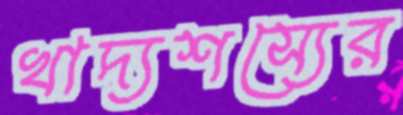
খাদ্যশস্যের